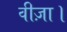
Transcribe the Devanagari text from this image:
वीज़ा।